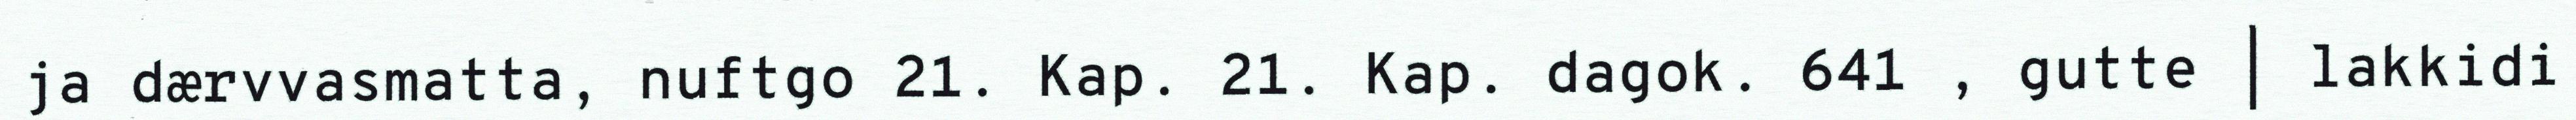
ja dærvvasmatta, nuftgo 21. Kap. 21. Kap. dagok. 641 , gutte | lakkidi